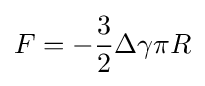
F=-{\frac {3}{2}}\Delta \gamma \pi R